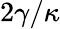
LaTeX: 2\gamma/\kappa